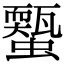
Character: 𧓐